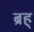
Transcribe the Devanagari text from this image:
ब्रह्